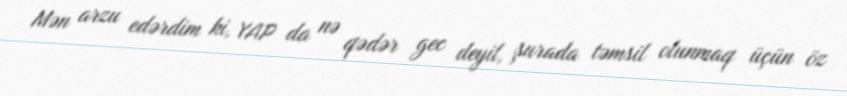
Mən arzu edərdim ki, YAP da nə qədər gec deyil, şurada təmsil olunmaq üçün öz